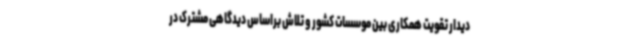
دیدار تقویت همکاری بین موسسات کشور و تلاش براساس دیدگاهی مشترک در